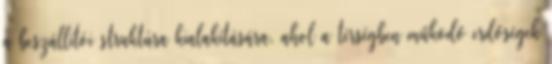
a beszállítói struktúra kialakítására, ahol a térségben működő erdőségek